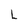
Character: L